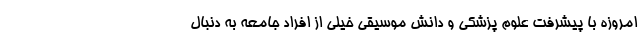
امروزه با پیشرفت علوم پزشکی و دانش موسیقی خیلی از افراد جامعه به دنبال